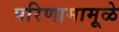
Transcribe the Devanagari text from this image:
परिणामामूळे